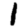
Digit: 1